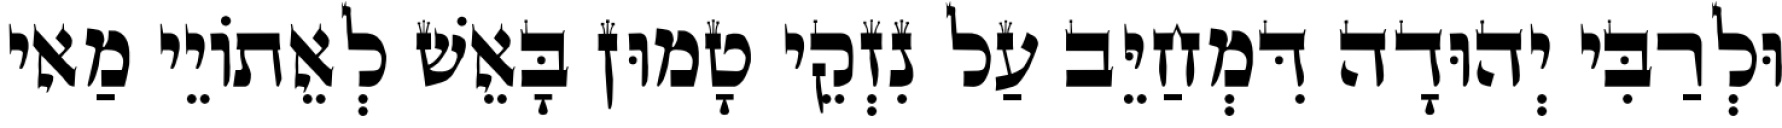
וּלְרַבִּי יְהוּדָה דִּמְחַיֵּב עַל נִזְקֵי טָמוּן בָּאֵשׁ לְאֵתוֹיֵי מַאי